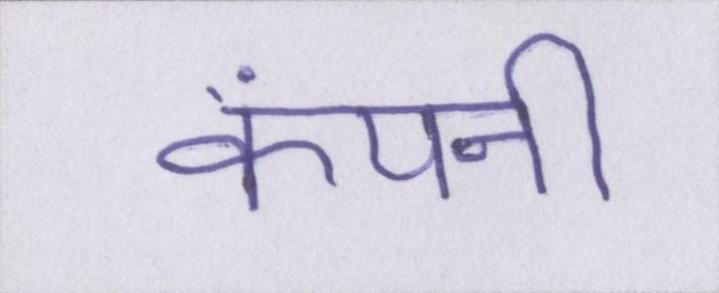
कंपनी